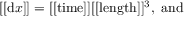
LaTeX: [ [ \mathrm { d } x ] ] = [ [ \mathrm { t i m e } ] ] [ [ \mathrm { l e n g t h } ] ] ^ { 3 } , \ \mathrm { a n d }